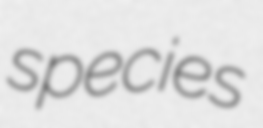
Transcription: species